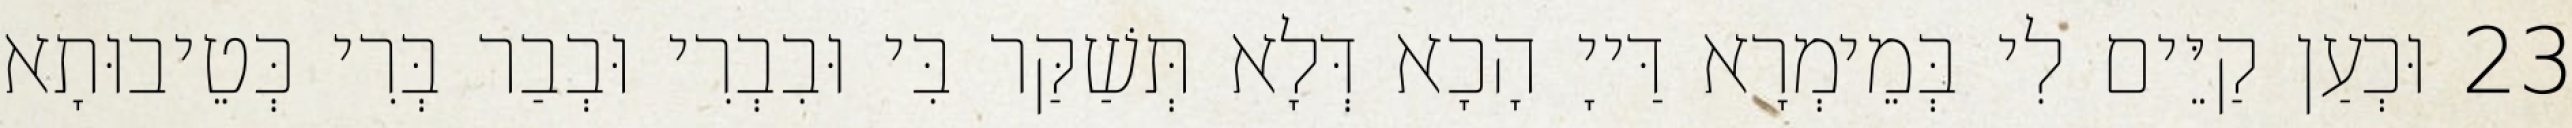
23 וּכְעַן קַיֵּים לִי בְּמֵימְרָא דַּייָ הָכָא דְּלָא תְּשַׁקַּר בִּי וּבִבְרִי וּבְבַר בְּרִי כְּטֵיבוּתָא